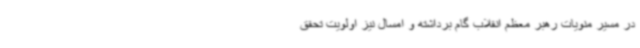
در مسیر منویات رهبر معظم انقلاب گام برداشته و امسال نیز اولویت تحقق